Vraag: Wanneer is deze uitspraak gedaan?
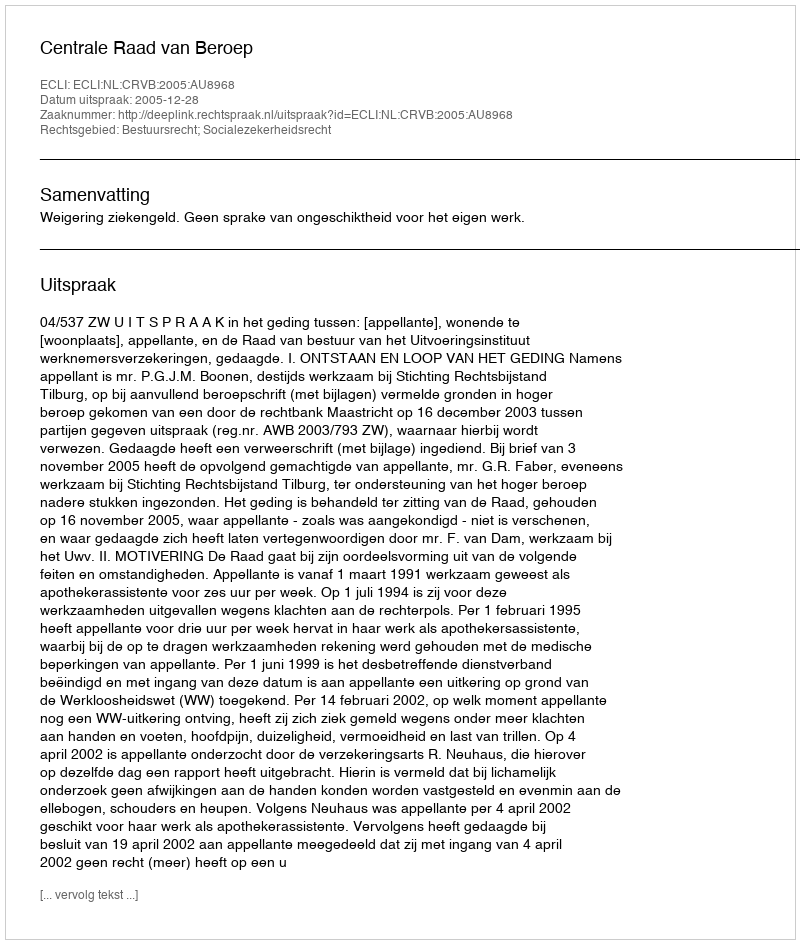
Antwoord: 2005-12-28